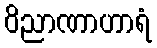
ဝိညာဏာဟာရံ